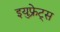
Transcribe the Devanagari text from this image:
इयुफ़्रेट्स